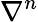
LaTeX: \nabla^{n}